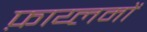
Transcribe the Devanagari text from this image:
फ़ाय्लमों